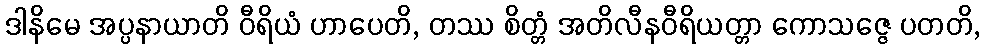
ဒါနိမေ အပ္ပနာယာတိ ဝီရိယံ ဟာပေတိ, တဿ စိတ္တံ အတိလီနဝီရိယတ္တာ ကောသဇ္ဇေ ပတတိ,